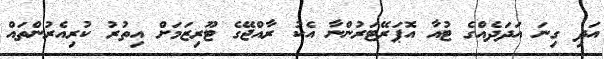
އަދި ގިނަ އަދަދެއްގެ ޓުއާ އޮޕަރޭޓަރުންނާ އެކު ރާއްޖޭގެ ޓޫރިޒަމަށް އިތުރު ކުރިއެރުންތައް